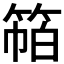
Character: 𰪁